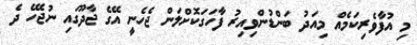
މި އުފާވެރިކަމެއް މިއަދު ބަންޑުންވިއިރު ފާހަގަކޮށްލަން ޖެހެނީ އޭގެ ޖާދޫގައި ނުޖެހޭ ދެ